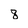
Character: 8